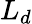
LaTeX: L_{d}